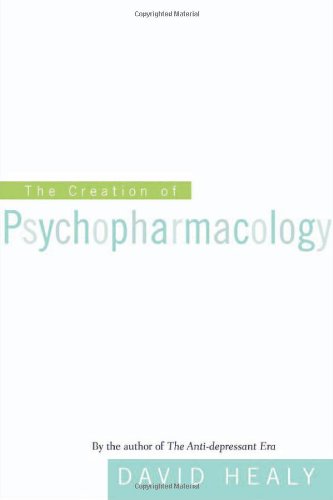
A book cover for The Creation of Psychopharmacology; David Healy; Medical Books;